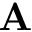
\textbf { A }